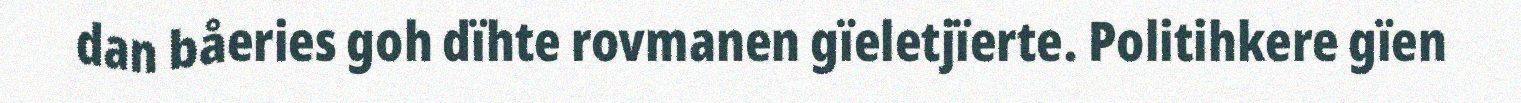
dan båeries goh dïhte rovmanen gïeletjïerte. Politihkere gïen